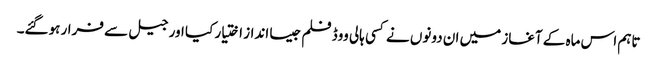
تاہم اس ماہ کے آغاز میں ان دونوں نے کسی ہالی ووڈ فلم جیسا انداز اختیار کیا اور جیل سے فرار ہوگئے۔